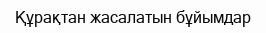
Құрақтан жасалатын бұйымдар